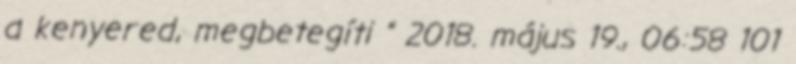
a kenyered, megbetegíti ” 2018. május 19., 06:58 ‎101